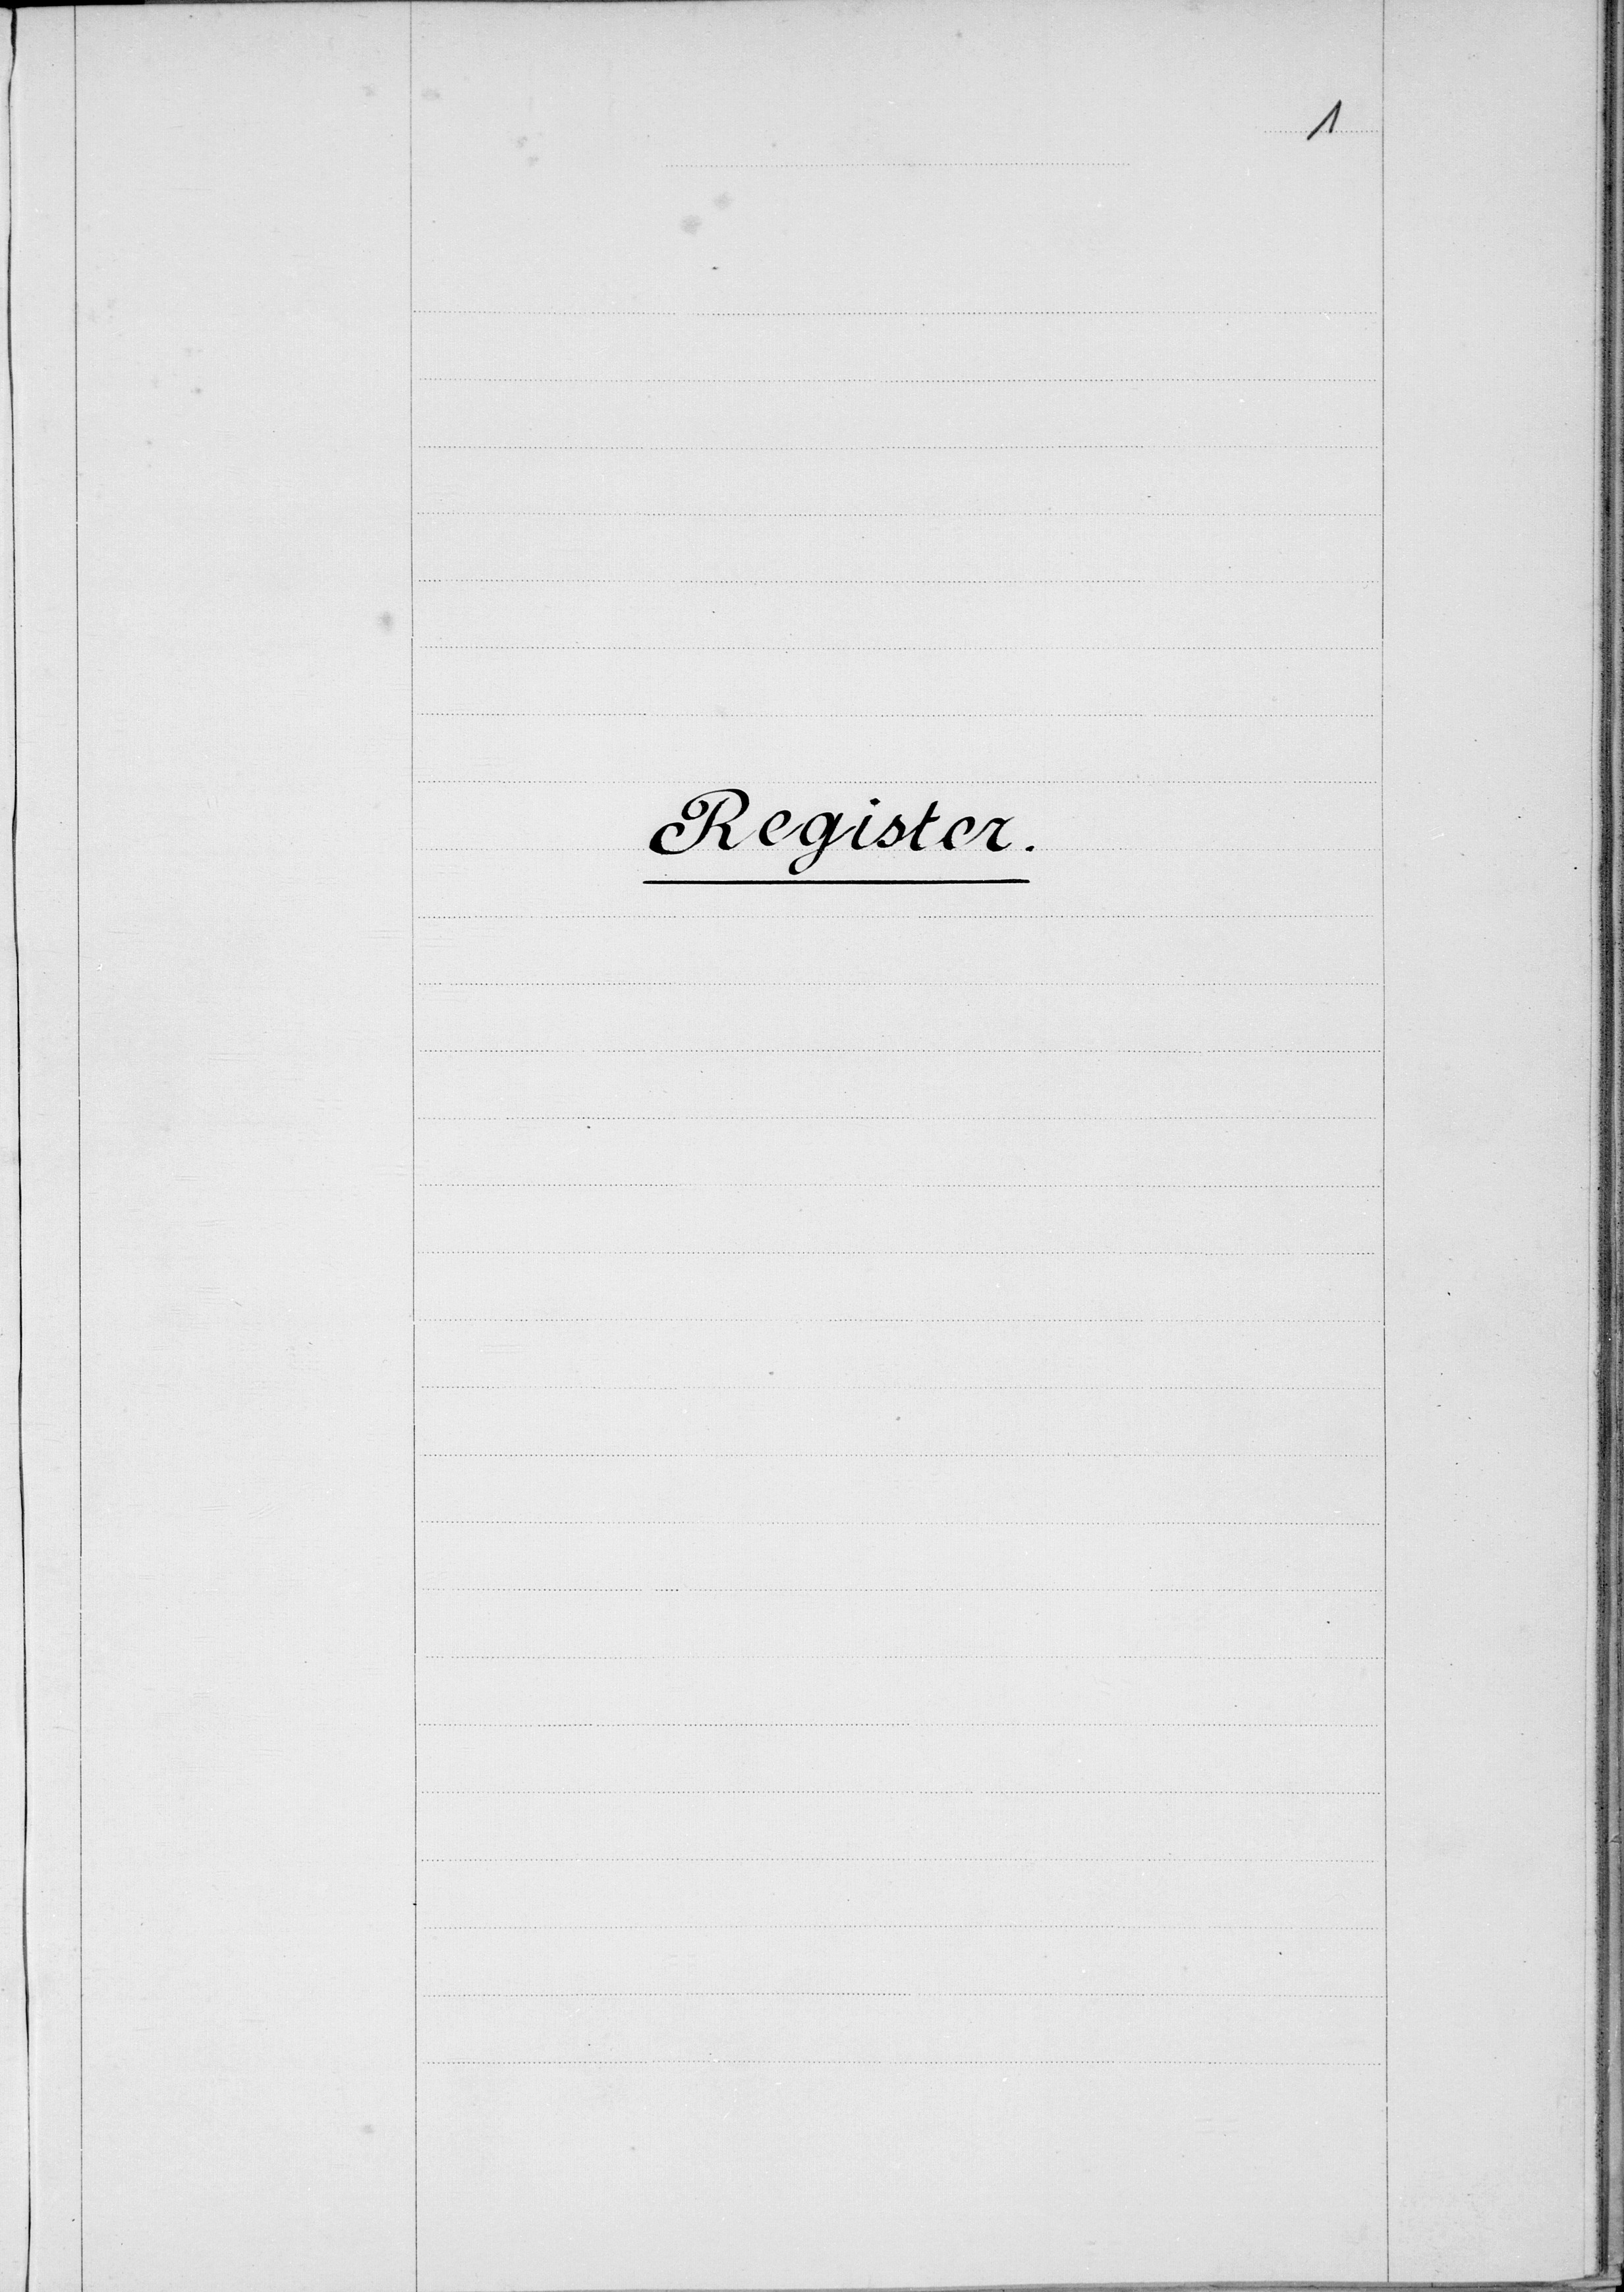
Hr. Ruppert

A.